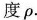
度ρ.